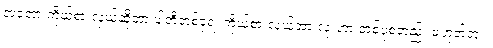
အဲတော့ ကိုယ်စားလှယ်ဆိုတာ ပါတီတစ်ခုရဲ့ ကိုယ်စားလှယ်အားလုံးဟာ တစ်ပုံစံတည်း မဟုတ်ဘူး။